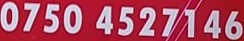
0750 4527146